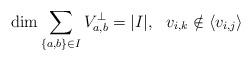
LaTeX: \begin{align*} \dim \sum_{\{ a,b \} \in I} V_{a,b}^\perp = |I| , \ \ v_{i,k} \notin \left< v_{i,j} \right> \end{align*}